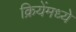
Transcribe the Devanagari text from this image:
क्रियेंमध्ये